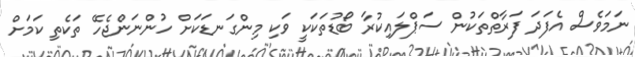
ނަމަވެސް އެފަދަ ފަރާތްތަކުން ސަޕްލައިކުރާ ބޯޑުތަކަކީ ވަކި މިންގަނޑަކަށް ހުންނަންޖެހޭ ތަކެތި ކަމަށް